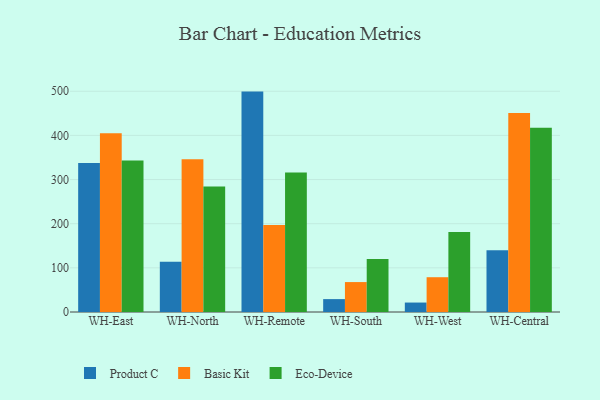
{"axis": {"x": "Warehouse", "y": "Conversion Rate (%)"}, "legend": ["Basic Kit", "Eco-Device", "Product C"], "data": [{"x": "WH-East", "y": 337.5, "type": "Product C"}, {"x": "WH-East", "y": 405.1, "type": "Basic Kit"}, {"x": "WH-East", "y": 343.3, "type": "Eco-Device"}, {"x": "WH-North", "y": 113.6, "type": "Product C"}, {"x": "WH-North", "y": 346.0, "type": "Basic Kit"}, {"x": "WH-North", "y": 284.1, "type": "Eco-Device"}, {"x": "WH-Remote", "y": 499.2, "type": "Product C"}, {"x": "WH-Remote", "y": 197.0, "type": "Basic Kit"}, {"x": "WH-Remote", "y": 315.9, "type": "Eco-Device"}, {"x": "WH-South", "y": 29.2, "type": "Product C"}, {"x": "WH-South", "y": 67.8, "type": "Basic Kit"}, {"x": "WH-South", "y": 120.3, "type": "Eco-Device"}, {"x": "WH-West", "y": 21.4, "type": "Product C"}, {"x": "WH-West", "y": 78.8, "type": "Basic Kit"}, {"x": "WH-West", "y": 181.1, "type": "Eco-Device"}, {"x": "WH-Central", "y": 139.7, "type": "Product C"}, {"x": "WH-Central", "y": 450.7, "type": "Basic Kit"}, {"x": "WH-Central", "y": 417.1, "type": "Eco-Device"}]}